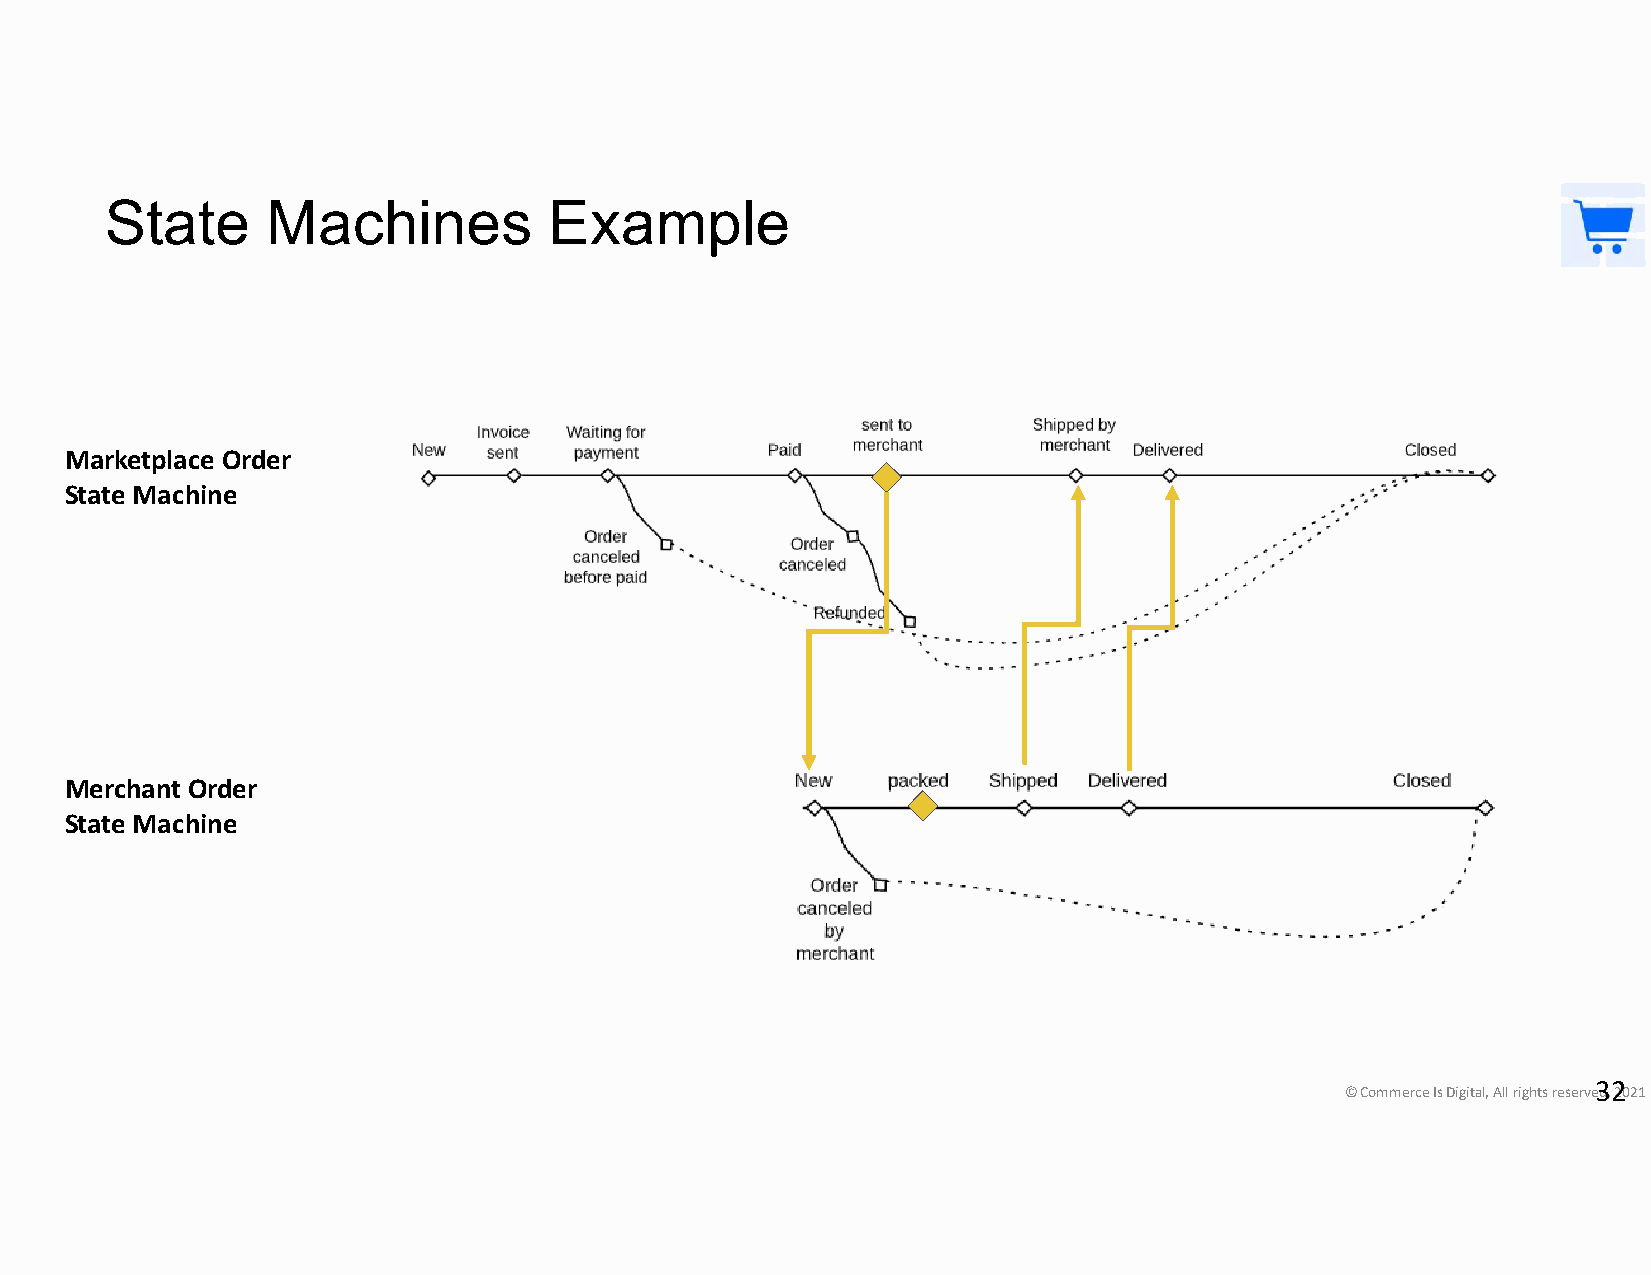
State      Machines          Example
 Marketplace Order
 State Machine
 Merchant Order
 State Machine
 32
 © Commerce Is Digital, All rights reserved, 2021